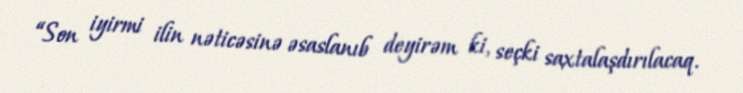
“Son iyirmi ilin nəticəsinə əsaslanıb deyirəm ki, seçki saxtalaşdırılacaq.